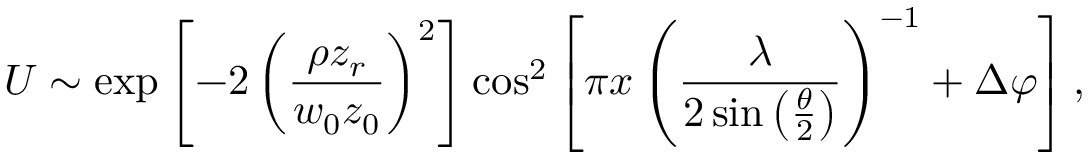
U \sim \exp \left[ - 2 \left( \frac { \rho z _ { r } } { w _ { 0 } z _ { 0 } } \right) ^ { 2 } \right] \cos ^ { 2 } \left[ \pi x \left( \frac { \lambda } { 2 \sin \left( \frac { \theta } { 2 } \right) } \right) ^ { - 1 } + \Delta \varphi \right] ,